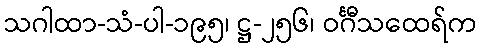
သဂါထာ-သံ-ပါ-၁၉၅၊ ဋ္ဌ-၂၅၆၊ ဝင်္ဂီသထေရ်က